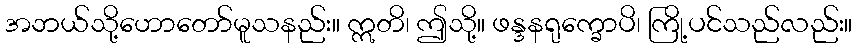
အဘယ်သို့ဟောတော်မူသနည်း။ ဣတိ၊ ဤသို့။ ဖန္ဒနရုက္ခောပိ၊ ကြို့ပင်သည်လည်း။